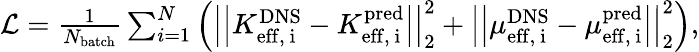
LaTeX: \begin{array}{r}{\mathcal{L}=\frac{1}{N_{\mathrm{batch}}}\sum_{i=1}^{N}\left(\left|\left|K_{\mathrm{eff,~i}}^{\mathrm{DNS}}-K_{\mathrm{eff,~i}}^{\mathrm{pred}}\right|\right|_{2}^{2}+\left|\left|\mu_{\mathrm{eff,~i}}^{\mathrm{DNS}}-\mu_{\mathrm{eff,~i}}^{\mathrm{pred}}\right|\right|_{2}^{2}\right),}\end{array}